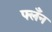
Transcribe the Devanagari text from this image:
फ्लँन